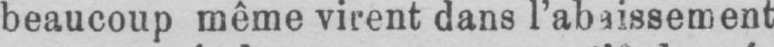
beaucoup même virent dans l’abaissement